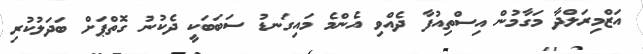
އަޒްމިރަލްދާ މަގާމުން އިސްތިއުފާ ދެއްވި އެންމެ މައިގަނޑު ސަބަބަކީ ދެކުނު ގޮތްޕަށް ބަދަލުކުރި